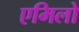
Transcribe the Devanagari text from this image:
एमिलो